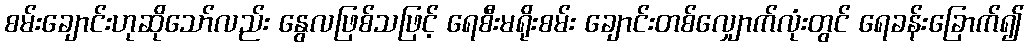
စမ်းချောင်းဟုဆိုသော်လည်း နွေလဖြစ်သဖြင့် ရေစီးမရိုးစမ်း ချောင်းတစ်လျှောက်လုံးတွင် ရေခန်းခြောက်၍